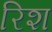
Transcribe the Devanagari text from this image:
रिश